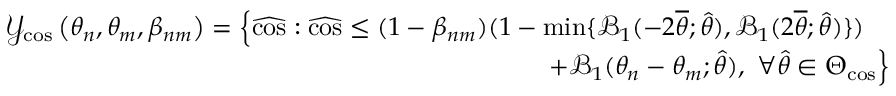
\begin{array} { r } { \mathcal { Y } _ { \mathrm { c o s } } \left( \theta _ { n } , \theta _ { m } , \beta _ { n m } \right) = \Big \{ \widehat { \mathrm { c o s } } : \widehat { \mathrm { c o s } } \le ( 1 - \beta _ { n m } ) ( 1 - \operatorname* { m i n } \{ \mathcal { B } _ { 1 } ( - 2 \overline { { \theta } } ; \hat { \theta } ) , \mathcal { B } _ { 1 } ( 2 \overline { { \theta } } ; \hat { \theta } ) \} ) \quad } \\ { + \mathcal { B } _ { 1 } ( \theta _ { n } - \theta _ { m } ; \hat { \theta } ) , ~ \forall \hat { \theta } \in \Theta _ { \mathrm { c o s } } \Big \} } \end{array}